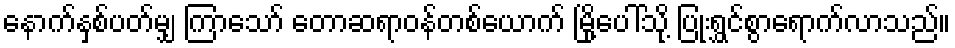
နောက်နှစ်ပတ်မျှ ကြာသော် တောဆရာဝန်တစ်ယောက် မြို့ပေါ်သို့ ပြုံးရွှင်စွာရောက်လာသည်။